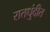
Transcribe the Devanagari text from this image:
रातधुंदीत